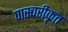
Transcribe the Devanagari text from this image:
पास्चरीकृत